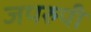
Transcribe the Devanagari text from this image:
जपरुपी